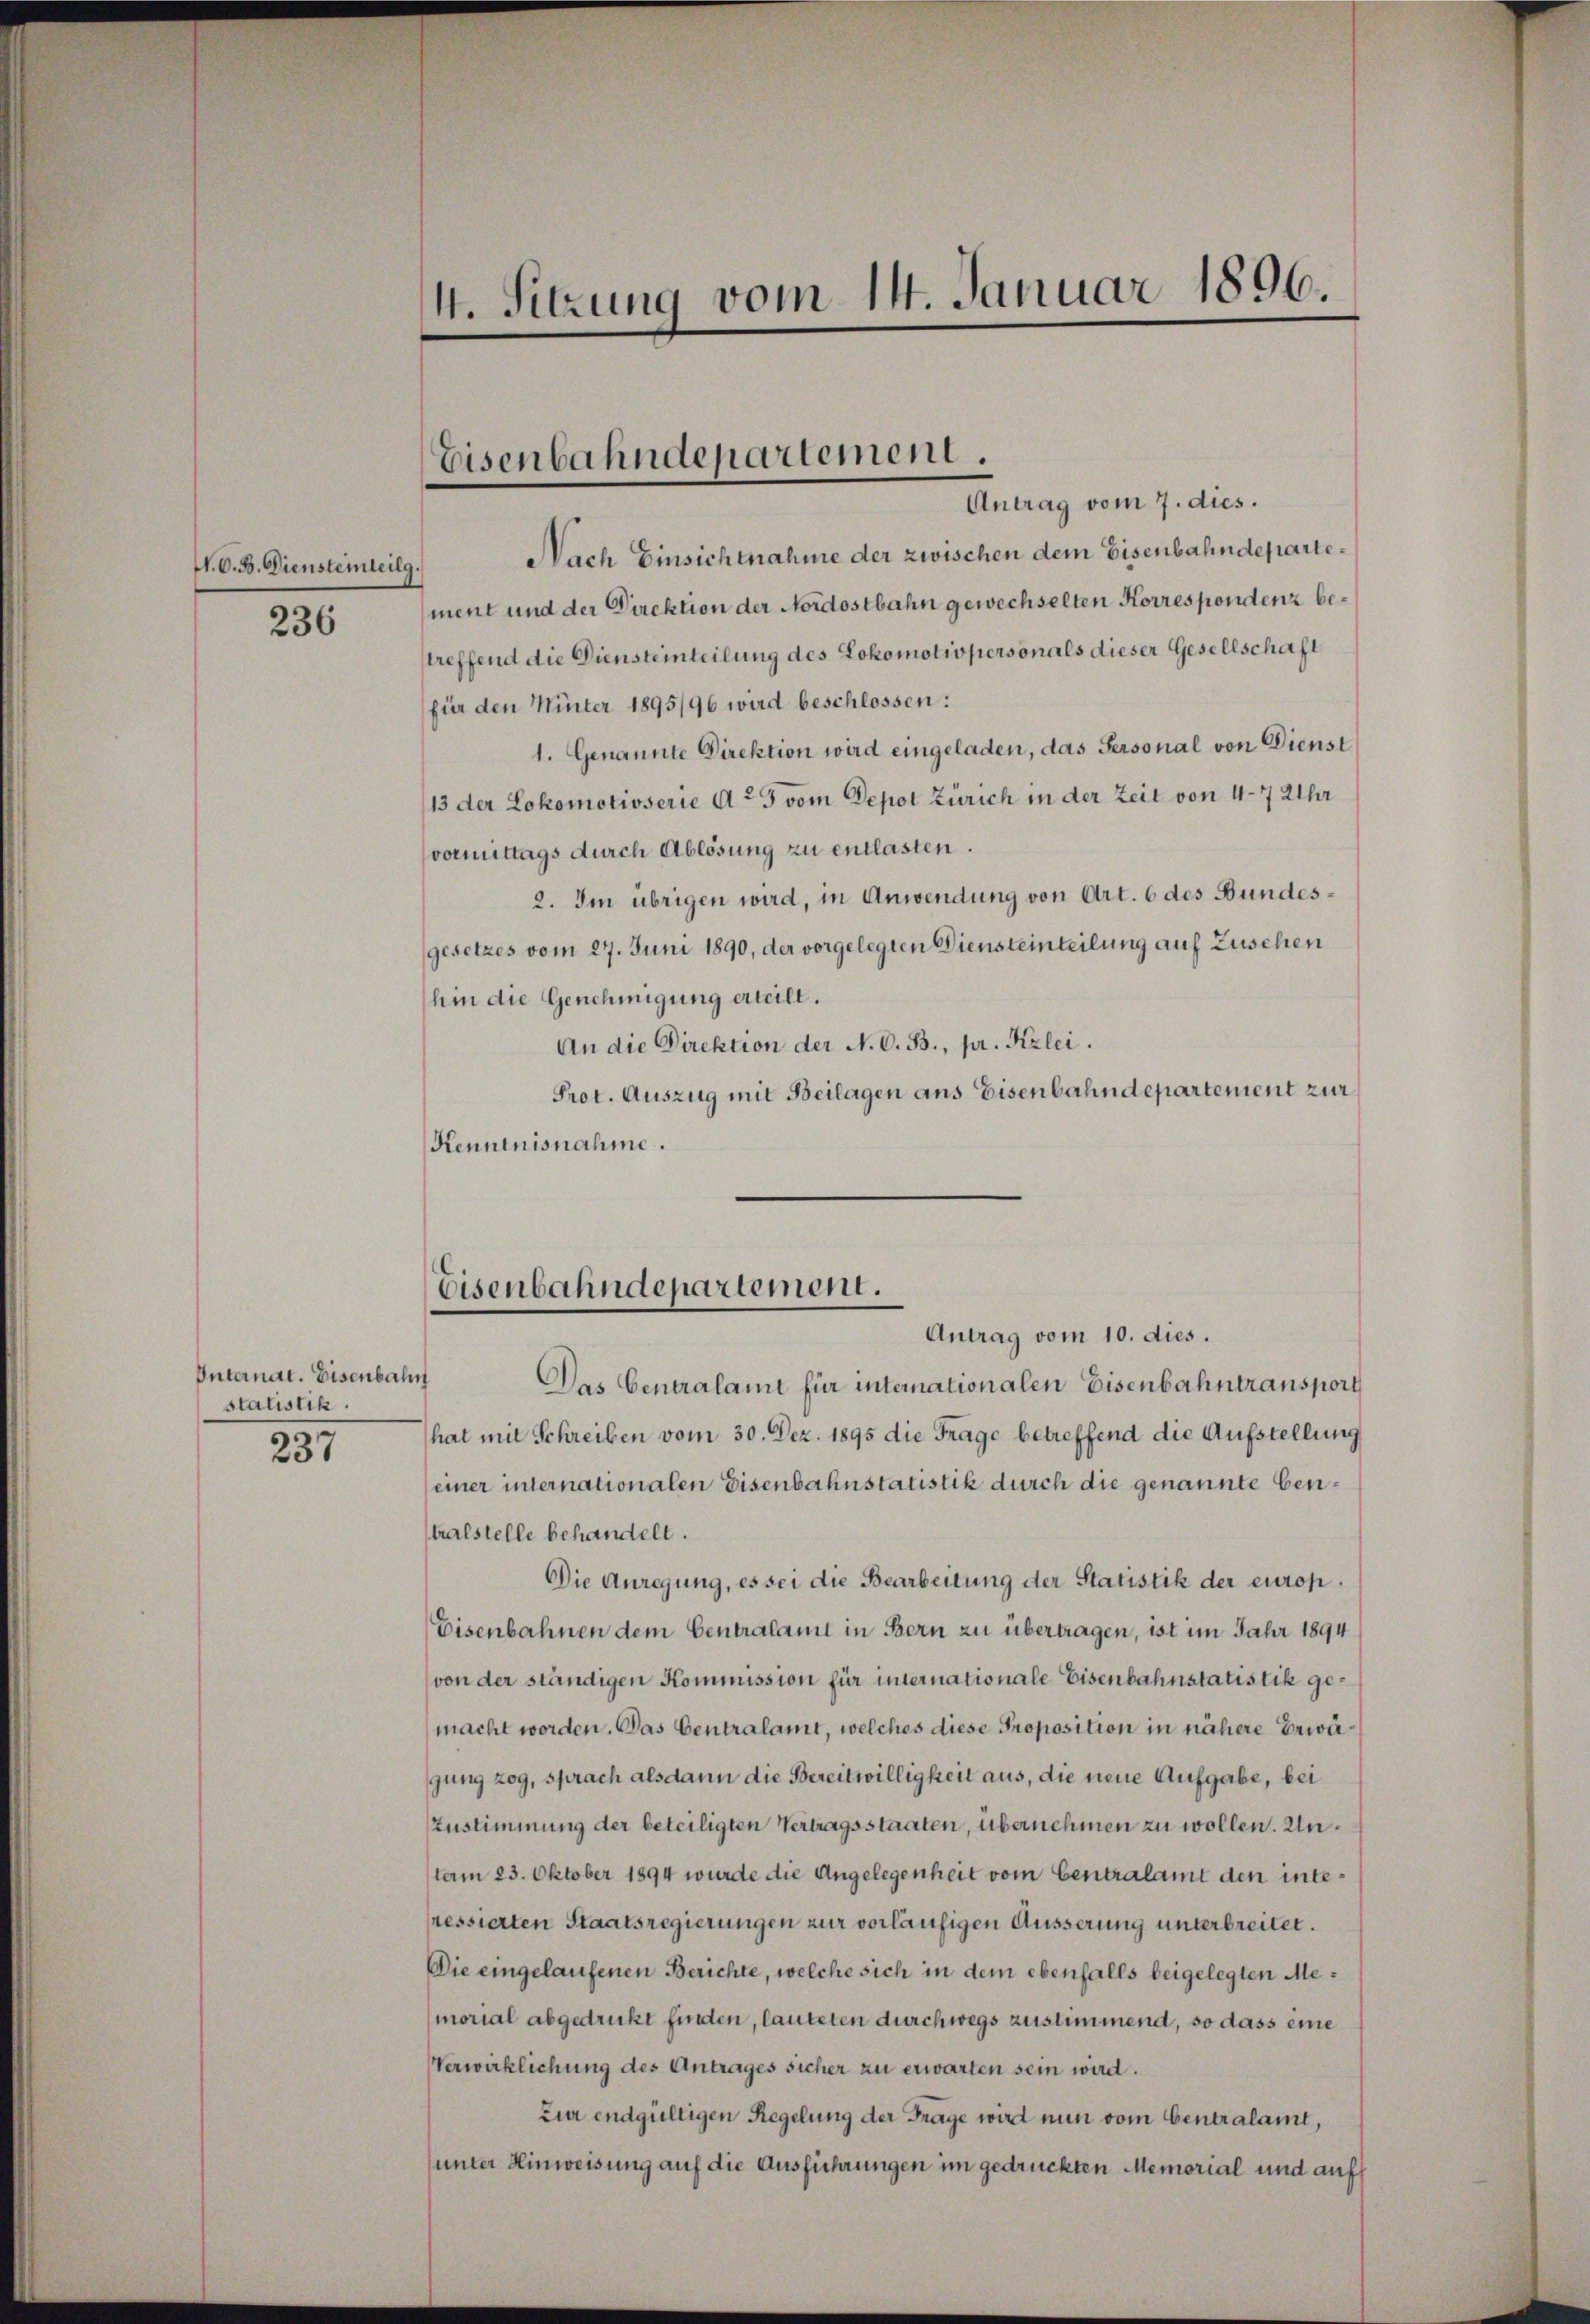
N. O. B. Diensteileilg.

236

Internat. Eisenbahn
statistik.

237

4. Sitzung vom 14. Januar 1896.

Eisenbahndepartement.

Antrag vom 7. dies.
Nach Einsichtnahme der zwischen dem Eisenbahndepartement und der Direktion der Nordostbahn gewechselten Korrespondenz bestreffend die Diensteinteilung des Lokomotivpersonals dieser Gesellschaft
für den Winter 1895/96 wird beschlossen:
1. Genannte Direktion wird eingeladen, das Personal von Dienst
13 der Lokomotivserie Art vom Depot Zürich in der Zeit von 4–7 Uhr
vormittags durch Ablösung zu entlasten.
2. Im übrigen wird, in Anwendung von Art. 6 des Bundesgesetzes vom 27. Juni 1890, der vorgelegten Diensteinteilung auf Zuschen
hin die Genehmigung erteilt.
An die Direktion der N. O. B., pr. Kzlei.
Prot. Auszug mit Beilagen aus Eisenbahndepartement zur
Kenntnisnahme.

Eisenbahndepartement.

Antrag vom 10. dies.
Das Generalami für intemationalen Eisenbahntransport
hat mit Schreiben vom 30. Dez. 1895 die Frage betreffend die Aufstellung
einer internationalen Eisenbahnstatistik durch die genannte Centralstelle behandelt.
Die Anregung, es sei die Bearbeitung der Statistik der europ¬
Eisenbahnen dem Centralani in Bern zu übertragen, ist im Jahr 1894
von der ständigen Kommission für internationale Eisenbahnstatistik gemacht worden. Das Centralamt, welches diese Proposition in nähere Bewägung zog, sprach alsdann die Bereitwilligkeit aus, die neue Aufgabe, bei
Zustimmung der beteiligten Vertragsstaaten, übernehmen zu wollen. Untam 23. Oktober 1894 wurde die Angelegenheit vom Centralamt den interessierten Staatsregierungen zur vorläufigen Äusserung unterbreitet.
Die eingelaufenen Berichte, welche sich in dem ebenfalls beigelegten Memorial abgedruckt finden, lauteten durchwegs zustimmend, so dass eine
Verwirklichung des Antrages sicher zu erwarten sein wird.
zur endgültigen Regelung der Frage wird nun vom Gentralamt,
unter Hinweisung auf die Ausführungen im gedruckten Memorial und auff